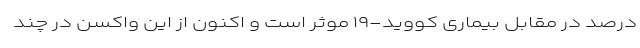
درصد در مقابل بیماری کووید-۱۹ موثر است و اکنون از این واکسن در چند